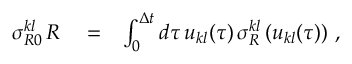
\begin{array} { r l r } { \sigma _ { R 0 } ^ { k l } \, { \cal R } } & { { } = } & { \int _ { 0 } ^ { \Delta t } d \tau \, u _ { k l } ( \tau ) \, \sigma _ { R } ^ { k l } \left( u _ { k l } ( \tau ) \right) \, , } \end{array}